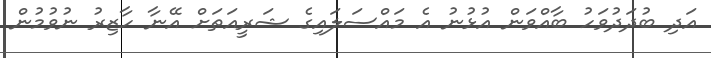
އަދި ބުދަދުވަހު ބާއްވަން އުޅުނު އެ މައްސަލައިގެ ޝަރީއަތަށް އޭނާ ހާޒިރު ނުވުމުން